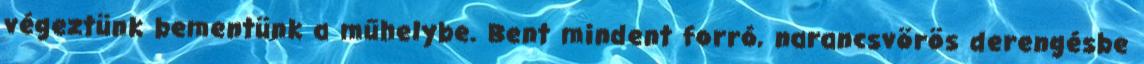
végeztünk bementünk a műhelybe. Bent mindent forró, narancsvörös derengésbe